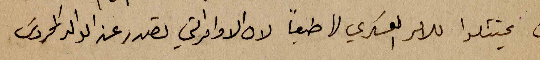
ان يمتثلوا للامر العسكري لها طبعاً لان الاوامر التي تصدر عن الوالد المحروس